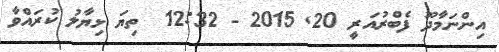
އިންނަމާދޫ ފެބްރުއަރީ 20